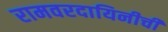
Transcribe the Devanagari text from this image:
रामवरदायिनीची